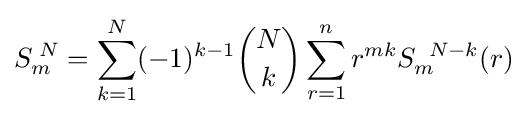
S_{m}^{\;N}=\sum _{k=1}^{N}(-1)^{k-1}{N \choose k}\sum _{r=1}^{n}r^{mk}S_{m}^{\;\;N-k}(r)